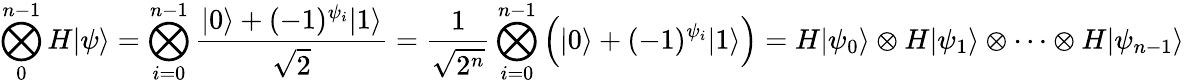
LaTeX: \bigotimes_{0}^{n-1}H|\psi\rangle=\bigotimes_{i=0}^{n-1}{\frac{|0\rangle+(-1)^{\psi_{i}}|1\rangle}{\sqrt{2}}}={\frac{1}{\sqrt{2^{n}}}}\bigotimes_{i=0}^{n-1}{\Big(}|0\rangle+(-1)^{\psi_{i}}|1\rangle{\Big)}=H|\psi_{0}\rangle\otimes H|\psi_{1}\rangle\otimes\cdots\otimes H|\psi_{n-1}\rangle